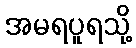
အမရပူရသို့